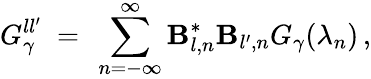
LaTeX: G_{\gamma}^{ll^{\prime}}\ =\ \sum_{n=-\infty}^{\infty}\mathbf{B}_{l,n}^{\ast}\mathbf{B}_{l^{\prime},n}G_{\gamma}(\lambda_{n})\, ,